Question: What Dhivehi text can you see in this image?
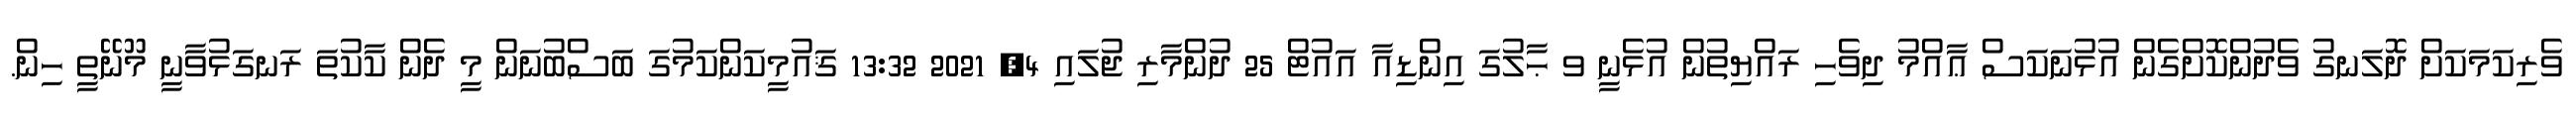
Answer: ވެރިކަމަކަށް ދޮލަނގު ވެދުންކޮށްގެން އުޅުނަކަސް ޢާއްމު ދިވެހި ރައްޔިތުން އުޅެނީ ވ ޙާލުގަ އިންޑިއާ އައުޓް 25 ދުންމާރި ޖުލައި 4, 2021 13:32 ޤައުމީކަންކަމުގަ ބަސްބުނަން މީ ދެން ކާކުތަ ރަނގަޅުވާނީ މޫނޭތީ ހިން.